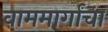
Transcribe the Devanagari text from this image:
वाममार्गांचा